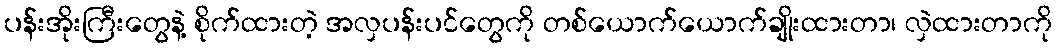
ပန်းအိုးကြီးတွေနဲ့ စိုက်ထားတဲ့ အလှပန်းပင်တွေကို တစ်ယောက်ယောက်ချိုးထားတာ၊ လှဲထားတာကို